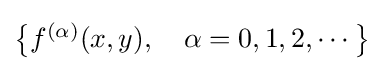
{\textstyle \left\{f^{(\alpha )}(x,y),\quad \alpha =0,1,2,\cdots \right\}}